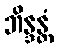
ဘိန္ဒန္တံ